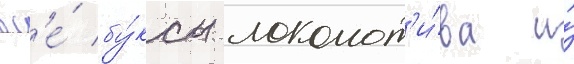
вс'е́ бу́ксы локомот'и́ва и́